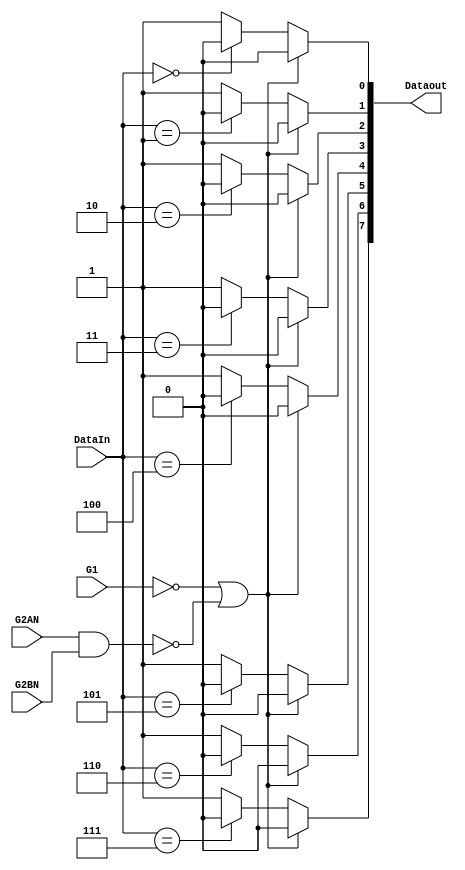
// 5932_74HC138.v
module HC138(DataIn,Dataout,G1,G2AN,G2BN);
input[2:0]DataIn;
input G1,G2AN,G2BN;
output[7:0]Dataout;
reg[7:0]Dataout;
wire[2:0]DataIn;
integer I;

always@(DataIn or G1 or G2AN or G2BN)
 begin
  if(~G1|~(G2AN&G2BN))
   Dataout=0;
  else
   for(I=0;I<=7;I=I+1)
    if(DataIn==I)
     Dataout[I]=0;
    else
     Dataout[I]=1;
 end
endmodule